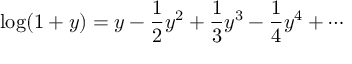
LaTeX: \log ( 1 + y ) = y - { \frac { 1 } { 2 } } y ^ { 2 } + { \frac { 1 } { 3 } } y ^ { 3 } - { \frac { 1 } { 4 } } y ^ { 4 } + \cdots